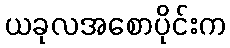
ယခုလအစောပိုင်းက